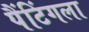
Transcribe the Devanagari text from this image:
पैंटिंगला